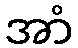
အာံ